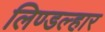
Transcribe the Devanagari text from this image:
लिण्डल्हार